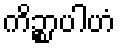
ကိဉ္စာပါဟံ